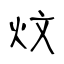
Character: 炆